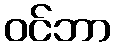
ဝင်ဘာ